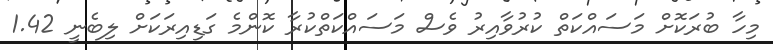
މިހާ ބުރަކޮށް މަސައްކަތް ކުރުވާއިރު ވެސް މަސައްކަތްކުރާ ކޮންމެ ގަޑިއިރަކަށް ލިބެނީ 1.42